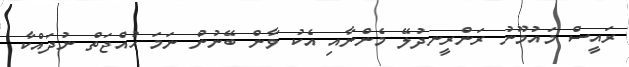
ރައީސް މައުމޫނު ރަންރީނދުލޭ މެންނާއި އެކު ވާން ބޭނުން ނަމަ ހުއްޖަތް ނުދައްކާ